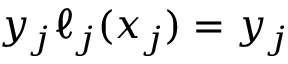
y _ { j } \ell _ { j } ( x _ { j } ) = y _ { j }